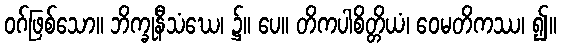
ဝဂ်ဖြစ်သော။ ဘိက္ခုနီသံဃေ၊ ၌။ ပေ။ တိကပါစိတ္တိယံ၊ ဝေမတိကဿ၊ ၍။